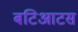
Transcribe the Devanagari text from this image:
बटिआटस